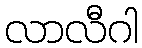
လာလီဂါ